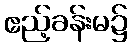
ဧည့်ခန်းမ၌